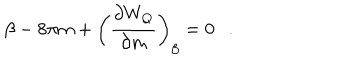
\beta - 8 \pi m + \left( { \frac { \partial W _ { Q } } { \partial m } } \right) _ { \beta } = 0 .